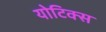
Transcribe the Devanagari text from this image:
योटिक्स